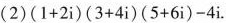
(2)$$( 1 + 2 i ) ( 3 + 4 i ) ( 5+ 6 i ) - 4 i$$.